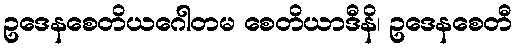
ဥဒေနစေတိယဂေါတမ စေတိယာဒီနိ၊ ဥဒေနစေတီ